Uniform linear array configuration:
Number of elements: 8
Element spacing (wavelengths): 0.75
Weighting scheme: hann
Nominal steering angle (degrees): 30
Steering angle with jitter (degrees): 29.174
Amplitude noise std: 0.05
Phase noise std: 0.05

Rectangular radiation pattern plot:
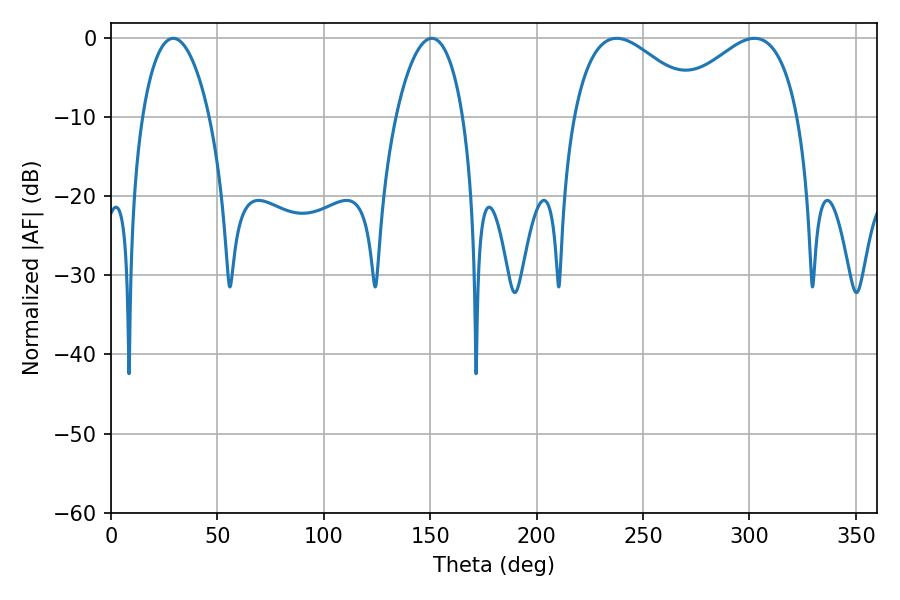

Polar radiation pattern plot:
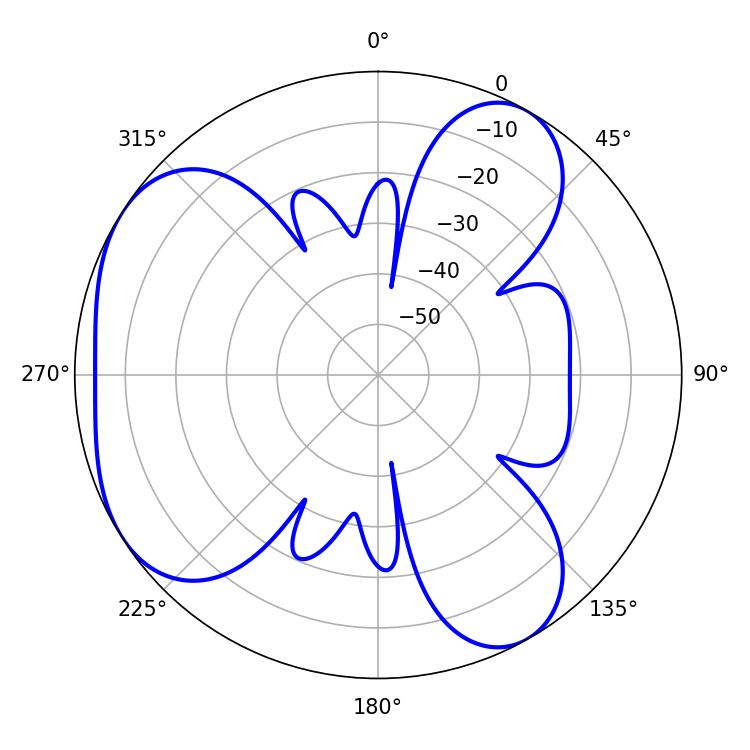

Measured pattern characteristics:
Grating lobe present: TRUE
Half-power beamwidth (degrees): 33.12
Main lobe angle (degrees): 237.6